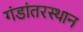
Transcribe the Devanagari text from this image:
गंडांतरस्थान